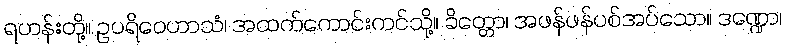
ရဟန်းတို့။ ဥပရိဝေဟာသံ၊ အထက်ကောင်းကင်သို့။ ခိတ္တော၊ အဖန်ဖန်ပစ်အပ်သော။ ဒဏ္ဍော၊